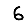
Digit: 6